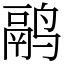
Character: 鹝